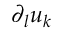
\partial _ { l } u _ { k }